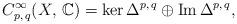
LaTeX: \begin{align*} C^{\infty}_{p,\,q}(X,\,\mathbb{C})= \ker\Delta^{p, \,q} _{}\oplus \operatorname{Im} \Delta^{p, \,q} _{}, \end{align*}